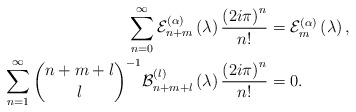
\begin{align*}\sum_{n=0}^{\infty}\mathcal{E}_{n+m}^{\left( \alpha\right) }\left(\lambda\right) \frac{\left( 2i\pi\right) ^{n}}{n!} & =\mathcal{E}_{m}^{\left( \alpha\right) }\left( \lambda\right) ,\\\sum_{n=1}^{\infty}\binom{n+m+l}{l}^{-1}\mathcal{B}_{n+m+l}^{\left( l\right)}\left( \lambda\right) \frac{\left( 2i\pi\right) ^{n}}{n!} & =0.\end{align*}